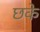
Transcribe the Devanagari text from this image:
छके